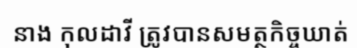
នាង កុលដាវី ត្រូវបានសមត្ថកិច្ចឃាត់